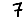
Digit: 7